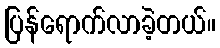
ပြန်ရောက်လာခဲ့တယ်။